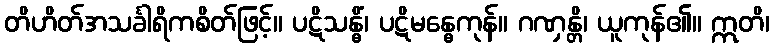
တိဟိတ်အသင်္ခါရိကစိတ်ဖြင့်။ ပဋိသန္ဓိံ၊ ပဋိမန္ဓေကုန်။ ဂဏှန္တိ၊ ယူကုန်၏။ ဣတိ၊